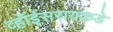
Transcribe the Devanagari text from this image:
व्हॉईसरायकडे